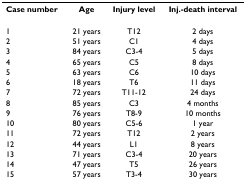
| Case number | Age | Injury level | Inj.-death interval |
 | --- | --- | --- | --- |
 | 1 | 21 years | T12 | 2 days |
 | 2 | 51 years | C1 | 4 days |
 | 3 | 84 years | C3-4 | 5 days |
 | 4 | 65 years | C5 | 8 days |
 | 5 | 63 years | C6 | 10 days |
 | 6 | 18 years | T6 | 11 days |
 | 7 | 72 years | T11-12 | 24 days |
 | 8 | 85 years | C3 | 4 months |
 | 9 | 76 years | T8-9 | 10 months |
 | 10 | 80 years | C5-6 | 1 year |
 | 11 | 72 years | T12 | 2 years |
 | 12 | 44 years | L1 | 8 years |
 | 13 | 71 years | C3-4 | 20 years |
 | 14 | 47 years | T5 | 26 years |
 | 15 | 57 years | T3-4 | 30 years |